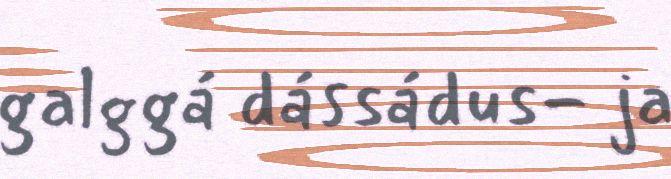
galggá dássádus- ja